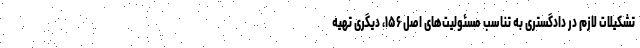
تشکیلات لازم در دادگستری به تناسب مسئولیت‌های اصل ۱۵۶، دیگری تهیه